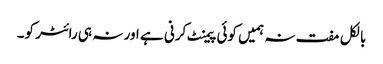
بالکل مفت نہ ہمیں کوئی پیمنٹ کرنی ہے اور نہ ہی رائٹر کو۔